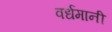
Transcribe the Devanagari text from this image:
वर्धमानी